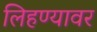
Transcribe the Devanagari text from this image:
लिहण्यावर